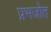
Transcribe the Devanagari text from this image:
प्रभजोत